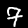
Digit: 7